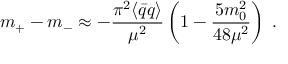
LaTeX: m _ { + } - m _ { - } \approx - \frac { \pi ^ { 2 } \langle \bar { q } { q } \rangle } { \mu ^ { 2 } } \left( 1 - \frac { 5 m _ { 0 } ^ { 2 } } { 4 8 \mu ^ { 2 } } \right) \; .